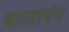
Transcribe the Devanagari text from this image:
बालारंग